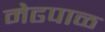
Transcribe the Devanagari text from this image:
मेढपाळ